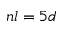
n l = 5 d